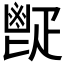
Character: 𩰠